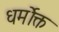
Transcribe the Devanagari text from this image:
धर्मोक्त